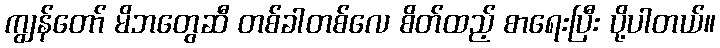
ကျွန်တော် မိဘတွေဆီ တစ်ခါတစ်လေ စိတ်ထည့် စာရေးပြီး ပို့ပါတယ်။